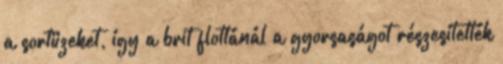
a sortüzeket, így a brit flottánál a gyorsaságot részesítették